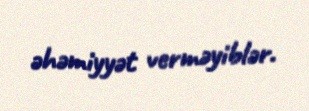
əhəmiyyət verməyiblər.